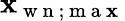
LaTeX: \mathbf{x}_{\mathrm{{~w~n~}};\mathrm{{~m~a~\mathbf{x}~}}}